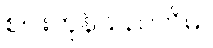
စပါးကုန်သည်လိမ်။